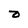
Character: 2